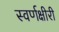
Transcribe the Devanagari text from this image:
स्वर्णक्षीरी